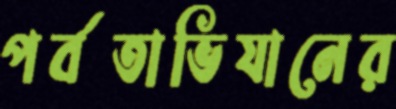
পর্বতাভিযানের